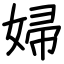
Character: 婦